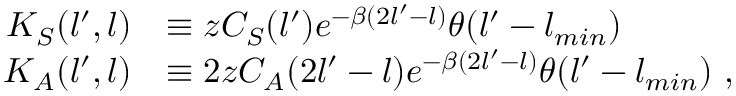
\begin{array} { r l } { K _ { S } ( l ^ { \prime } , l ) } & { \equiv z C _ { S } ( l ^ { \prime } ) e ^ { - \beta ( 2 l ^ { \prime } - l ) } \theta ( l ^ { \prime } - l _ { m i n } ) } \\ { K _ { A } ( l ^ { \prime } , l ) } & { \equiv 2 z C _ { A } ( 2 l ^ { \prime } - l ) e ^ { - \beta ( 2 l ^ { \prime } - l ) } \theta ( l ^ { \prime } - l _ { m i n } ) \ , } \end{array}